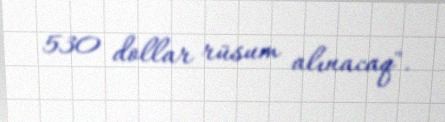
530 dollar rüsum alınacaq".